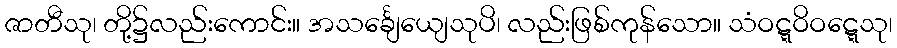
ဇာတီသု၊ တို့၌လည်းကောင်း။ အသင်္ချေယျေသုပိ၊ လည်းဖြစ်ကုန်သော။ သံဝဋ္ဋဝိဝဋ္ဋေသု၊